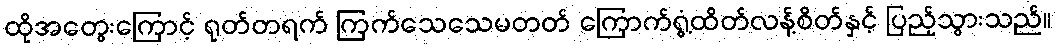
ထိုအတွေးကြောင့် ရုတ်တရက် ကြက်သေသေမတတ် ကြောက်ရွံ့ထိတ်လန့်စိတ်နှင့် ပြည့်သွားသည်။